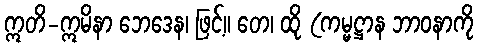
ဣတိ-ဣမိနာ ဘေဒေန၊ ဖြင့်။ တေ၊ ထို (ကမ္မဋ္ဌာန ဘာဝနာကို